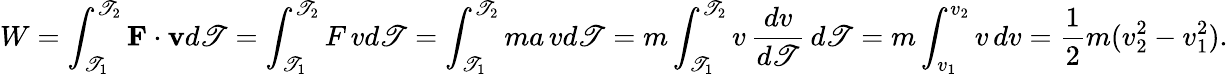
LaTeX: W=\int_{\mathscr{T}_{1}}^{\mathscr{T}_{2}}\mathbf{{F}}\cdot\mathbf{{v}}d\mathscr{T}=\int_{\mathscr{T}_{1}}^{\mathscr{T}_{2}}F\, vd\mathscr{T}=\int_{\mathscr{T}_{1}}^{\mathscr{T}_{2}}ma\, vd\mathscr{T}=m\int_{\mathscr{T}_{1}}^{\mathscr{T}_{2}}v\, {\frac{{dv}}{{d\mathscr{T}}}}\, d\mathscr{T}=m\int_{v_{1}}^{v_{2}}v\, dv={\frac{{1}}{{2}}}m(v_{2}^{2}-v_{1}^{2}).